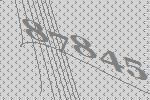
87845